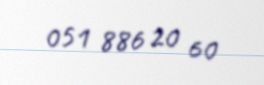
051 886 20 60